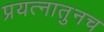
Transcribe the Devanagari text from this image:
प्रयत्नातुनच